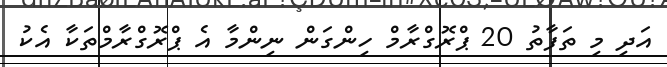
އަދި މި ތަފާތު 20 ޕްރޮގްރާމް ހިންގަން ނިންމާ އެ ޕްރޮގްރާމްތަކާ އެކު